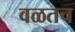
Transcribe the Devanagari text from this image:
वळतच